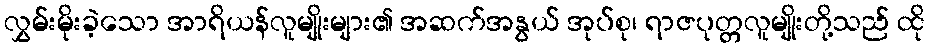
လွှမ်းမိုးခဲ့သော အာရိယန်လူမျိုးများ၏ အဆက်အနွယ် အုပ်စု၊ ရာဇပုတ္တလူမျိုးတို့သည် ထို